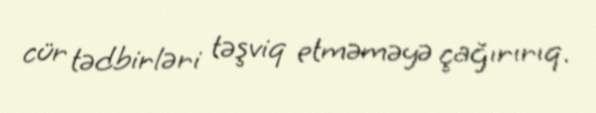
cür tədbirləri təşviq etməməyə çağırırıq.